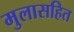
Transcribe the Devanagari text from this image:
मुलासहित